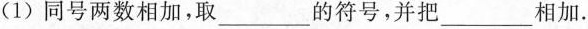
(1)同号两数相加，取___的符号，并把___相加.